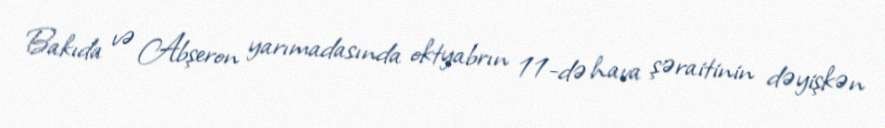
Bakıda və Abşeron yarımadasında oktyabrın 11-də hava şəraitinin dəyişkən